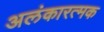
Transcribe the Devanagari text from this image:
अलंकारत्मक